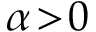
\alpha \! > \! 0